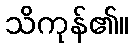
သိကုန်၏။